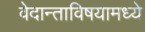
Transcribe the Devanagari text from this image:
वेदान्ताविषयामध्ये